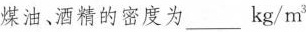
煤油、酒精的密度为___kg/m^{3}